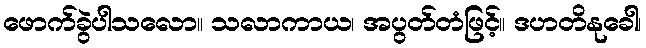
ဖောက်ခွဲပါသလော။ သလာကာယ၊ အပွတ်တံဖြင့်။ ဒဟတိနုခေါ၊